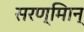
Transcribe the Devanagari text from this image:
सरण्मािन्‌